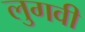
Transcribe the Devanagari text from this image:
लुगवी